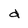
Character: d